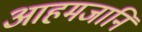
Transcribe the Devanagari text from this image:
आहमजानि